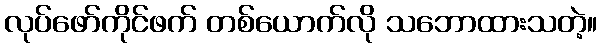
လုပ်ဖော်ကိုင်ဖက် တစ်ယောက်လို သဘောထားသတဲ့။